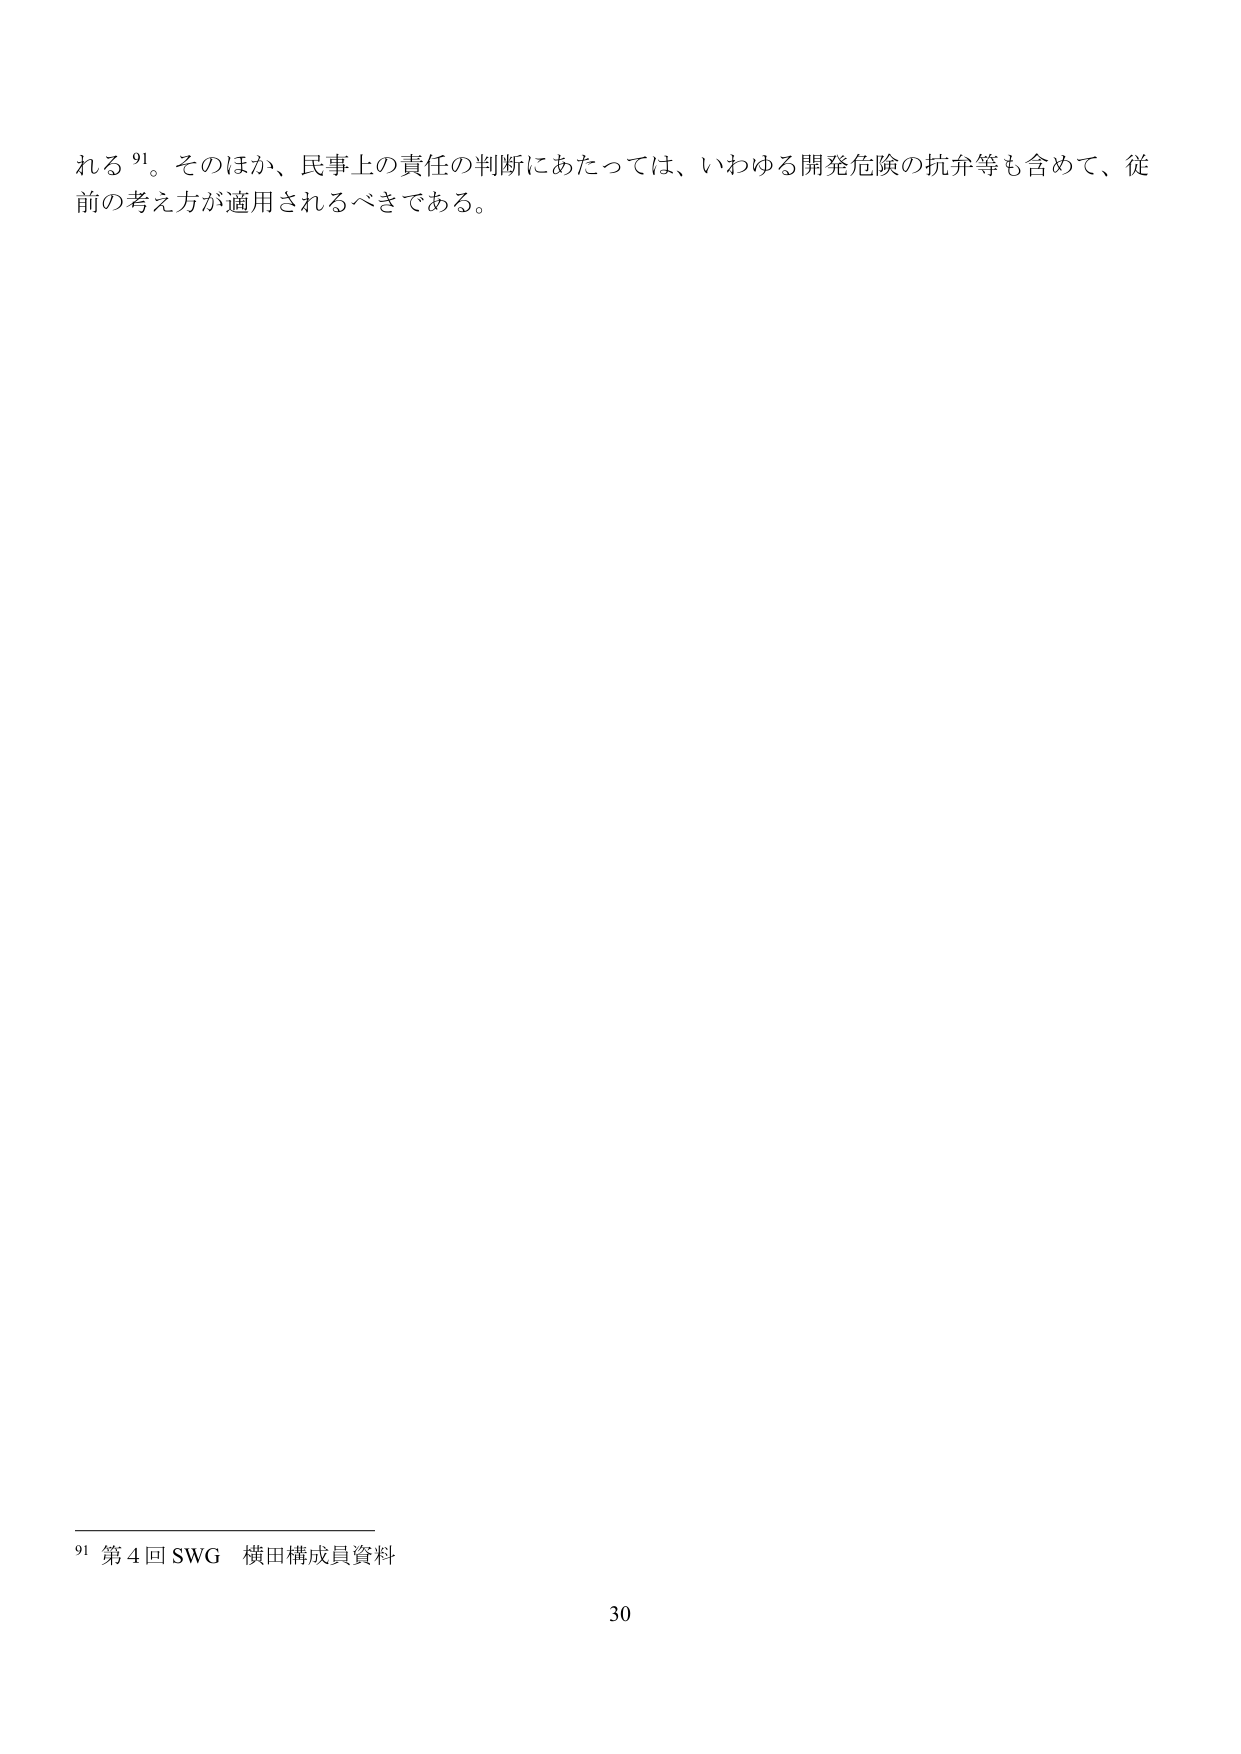
れる⁹¹。そのほか、民事上の責任の判断にあたっては、いわゆる開発危険の抗弁等も含めて、従前の考え方が適用されるべきである。

⁹¹ 第４回SWG 横田構成員資料

30